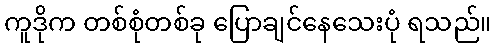
ကူဒိုက တစ်စုံတစ်ခု ပြောချင်နေသေးပုံ ရသည်။